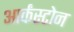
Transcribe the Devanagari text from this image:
आर्कंस्टोन